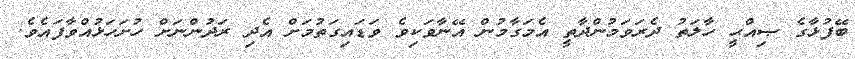
ބޭފުޅާގެ ޞިއްޙީ ހާލަތު ދެރަވަމުންދާތީ އެމަގާމުން އޭނާވަކިވެ ވަޑައިގަތުމަށް އެދި ރަދުންނަށް ހުށަހަޅުއްވާފައެވެ.